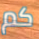
كم